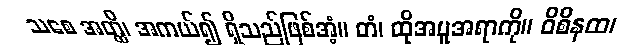
သစေ အတ္ထိ၊ အကယ်၍ ရှိသည်ဖြစ်အံ့။ တံ၊ ထိုအမူအရာကို။ ဝိစိနထ၊